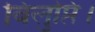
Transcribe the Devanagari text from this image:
विलुप्ति।